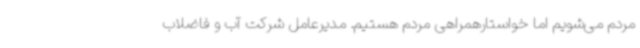
مردم می‌شویم اما خواستارهمراهی مردم هستیم. مدیرعامل شرکت آب و فاضلاب